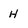
Character: H